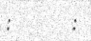
:        :